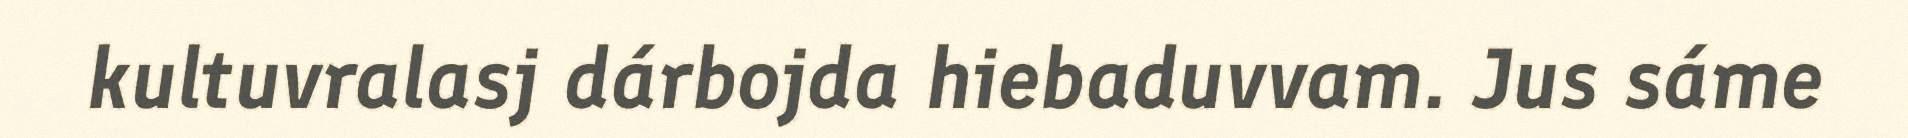
kultuvralasj dárbojda hiebaduvvam. Jus sáme